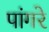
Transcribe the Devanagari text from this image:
पांगरे